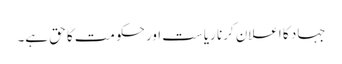
جہاد کا اعلان کرنا ریاست اور حکومت کا حق ہے۔